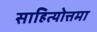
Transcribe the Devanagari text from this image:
साहित्योत्तमा